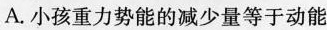
A.小孩重力势能的减少量等于动能